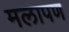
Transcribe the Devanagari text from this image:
मलापण